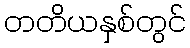
တတိယနှစ်တွင်